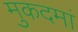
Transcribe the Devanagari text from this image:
मुकदमां